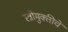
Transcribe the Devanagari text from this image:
स्त्रीमुक्तीचे